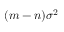
( m - n ) \sigma ^ { 2 }